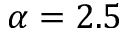
\alpha = 2 . 5